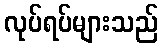
လုပ်ရပ်များသည်